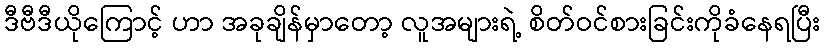
ဒီဗီဒီယိုကြောင့် ဟာ အခုချိန်မှာတော့ လူအများရဲ့ စိတ်ဝင်စားခြင်းကိုခံနေရပြီး